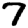
Digit: 7